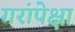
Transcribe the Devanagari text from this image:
गरांपेक्षा